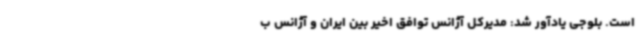
است. بلوجی یادآور شد: مدیرکل آژانس توافق اخیر بین ایران و آژانس ب